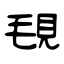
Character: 覒